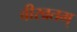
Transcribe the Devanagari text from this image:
वीरव्रतम्‌